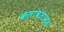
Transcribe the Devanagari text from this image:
कलावंतांसह